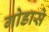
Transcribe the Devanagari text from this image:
गोडासे